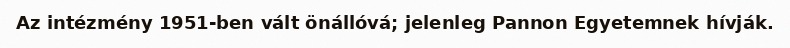
Az intézmény 1951-ben vált önállóvá; jelenleg Pannon Egyetemnek hívják.